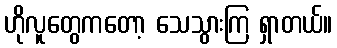
ဟိုလူတွေကတော့ သေသွားကြ ရှာတယ်။